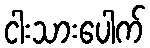
ငါးသားပေါက်